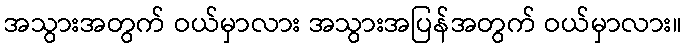
အသွားအတွက် ဝယ်မှာလား အသွားအပြန်အတွက် ဝယ်မှာလား။